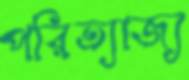
পরিত্যাজ্য